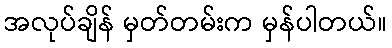
အလုပ်ချိန် မှတ်တမ်းက မှန်ပါတယ်။